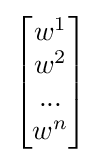
{\begin{bmatrix}w^{1}\\w^{2}\\...\\w^{n}\end{bmatrix}}